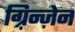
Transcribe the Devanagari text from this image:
ग़्रिन्ज़ेन